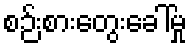
စဉ်းစားတွေးခေါ်မှု